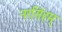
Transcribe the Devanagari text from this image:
नरसिंहम्